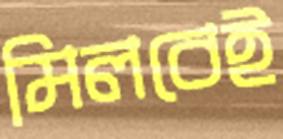
মিলবেই